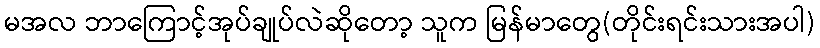
မအလ ဘာကြောင့်အုပ်ချုပ်လဲဆိုတော့ သူက မြန်မာတွေ(တိုင်းရင်းသားအပါ)